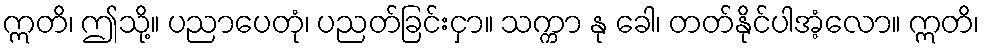
ဣတိ၊ ဤသို့။ ပညာပေတုံ၊ ပညတ်ခြင်းငှာ။ သက္ကာ နု ခေါ၊ တတ်နိုင်ပါအံ့လော။ ဣတိ၊